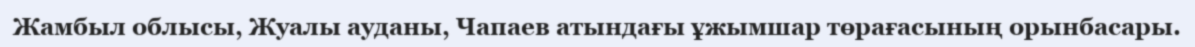
Жамбыл облысы, Жуалы ауданы, Чапаев атындағы ұжымшар төрағасының орынбасары.